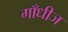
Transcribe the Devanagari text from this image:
गाँधीज